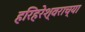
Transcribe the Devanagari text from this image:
हरिहरेश्वराच्या